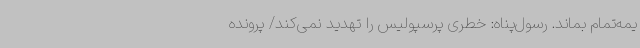
یمه‌تمام بماند. رسول‌پناه: خطری پرسپولیس‌ را تهدید نمی‌کند/ پرونده